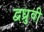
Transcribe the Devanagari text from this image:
द्वध्रुवी